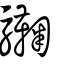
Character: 驧